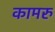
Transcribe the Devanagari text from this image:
कामरु